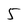
Character: 5